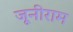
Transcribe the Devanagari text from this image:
जूनीराम